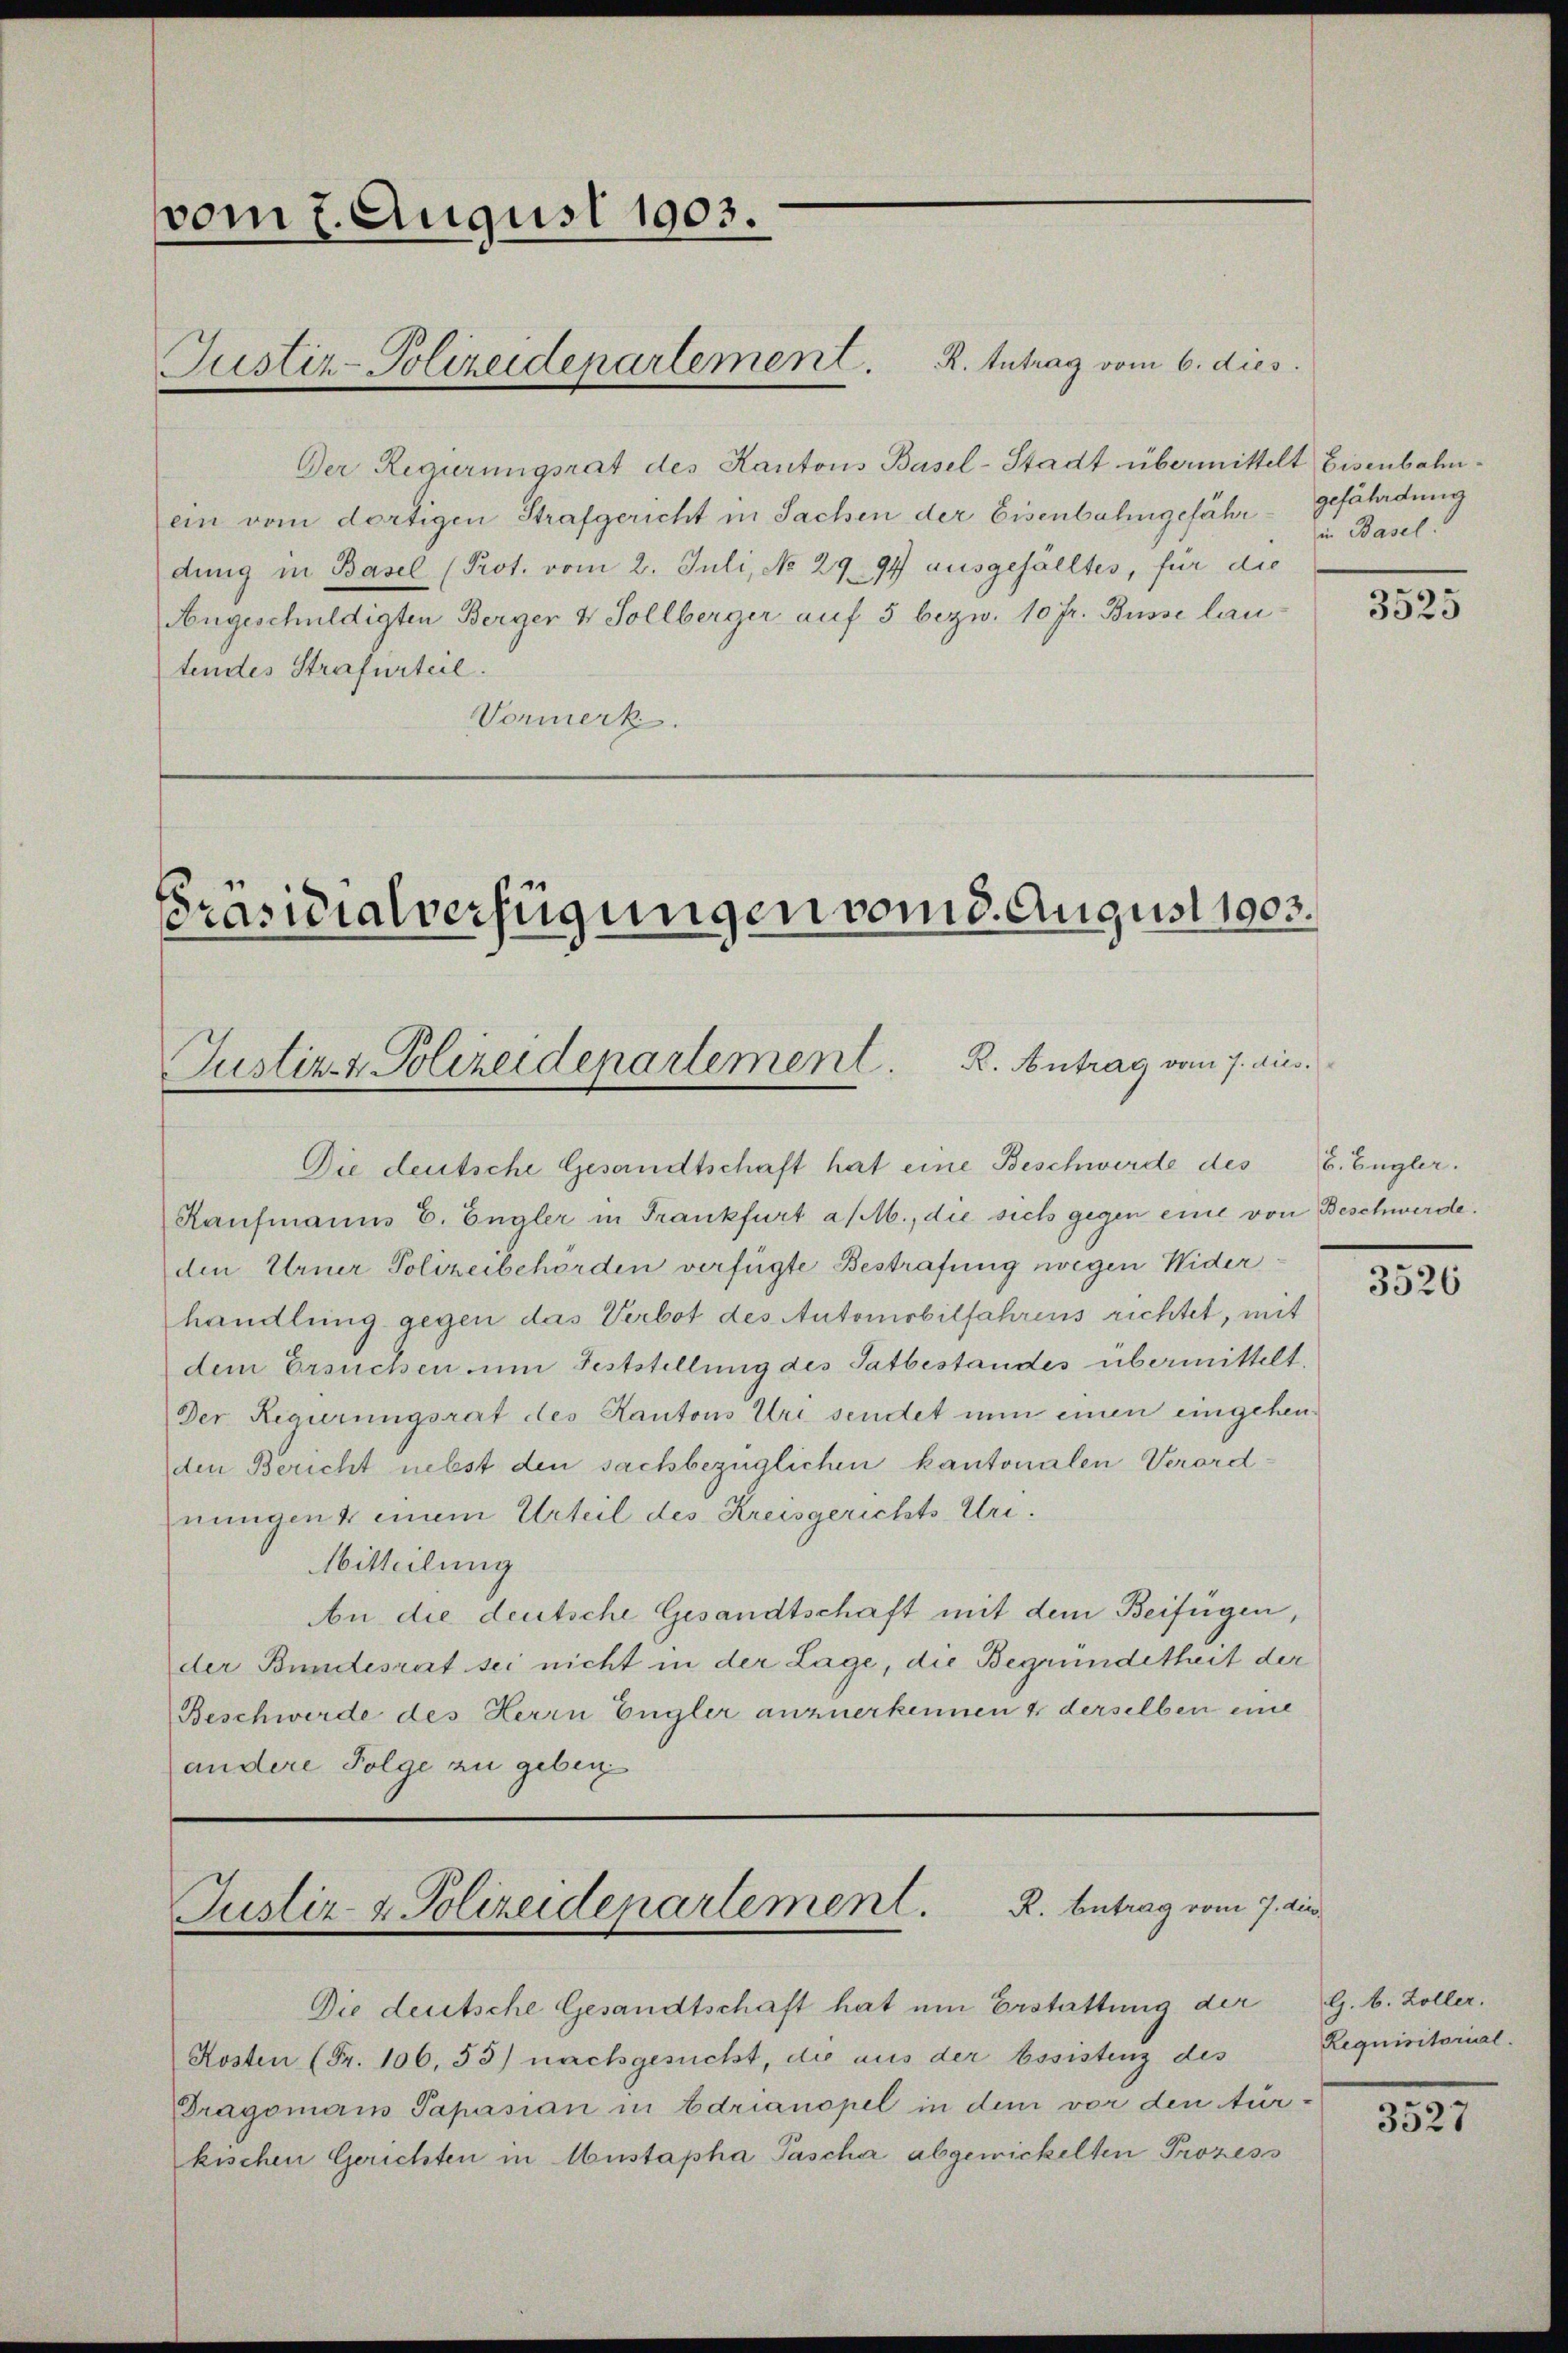
vom 7. August 1903.
Justiz-Polizeidepartement. R. Intrag vom 6. dies

Der Regierungsrat des Kantons Basel-Stadt übermittelt Eisenbahnein vom dortigen Strafgericht in Sachen der Eisenbahngefähr gefährdung
dung in Basel (Prot. vom 2. Juli, No 29. 94 ausgefälltes, für die
Angeschuldigten Berger & Sollberger auf 5 bezw. 10 fr. Busse lau
tendes Strafurteil.
Vormerk.

PPräsidialverfügungen vom 8. August 1903.
Justiz- & Polizeidenartement. R. Antrag vom 7. dies

Die deutsche Gesandtschaft hat eine Beschwerde des
Kaufmanns E. Engler in Frankfurt a/M., die sich gegen eine von Beschwerde.
den Urner Polizeibehörden verfügte Bestrafung wegen Widerhandlung gegen das Verbot des Automobilfahrens richtet, mit
dem Ersuchen um Feststellung des Tatbestandes übermittelt.
Der Regierungsrat des Kantons Uri sendet nun einen eingeheuden Bericht nebst den sachbezüglichen kantonalen Verordnungen & einem Urteil des Kreisgerichts-Uri¬
Mitteilung
An die deutsche Gesandtschaft mit dem Beifügen,
der Bundesrat sei nicht in der Lage, die Begründetheit der
Beschwerde des Herrn Engler anzuerkennen 4 derselben eine
andere Folge zu geben

Justiz- & Polizeidepartement. R. Antrag vom 7. die

Die deutsche Gesandtschaft hat um Erstattung der
Kosten (Fr. 106, 53) nachgesucht, die aus der Assistenz des
Dragomans Papasian in Edrianopel in dem vor den tur-
kischen Gerichten in Austapha Pascher abgewickelten Prozess

in Basel.

3525

B. Eugler.

3526

G. B. Zoller.
Requisitorial.

3527